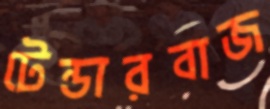
টেন্ডারবাজ